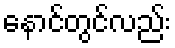
နောင်တွင်လည်း